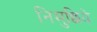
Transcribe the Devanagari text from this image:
निमुछिये